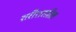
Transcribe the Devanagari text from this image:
शरीरारतील